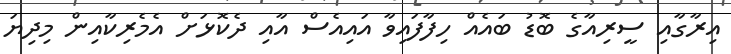
އިރާގާއި ސީރިއާގެ ބޮޑު ބައެއް ހިފާފައިވާ އައިއެސް އާއި ދެކޮޅަށް އެމެރިކާއިން މިދިޔަ